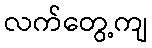
လက်တွေ့ကျ